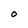
Character: O